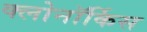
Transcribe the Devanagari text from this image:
क्लोनॉर्किस